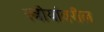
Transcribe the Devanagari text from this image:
स्त्रीयांवरील